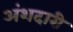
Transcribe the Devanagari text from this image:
अंशदारी